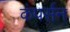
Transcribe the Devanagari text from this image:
कंपर्सन